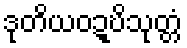
ဒုတိယဝဍ္ဎိသုတ္တံ